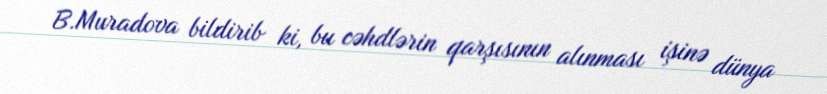
B.Muradova bildirib ki, bu cəhdlərin qarşısının alınması işinə dünya